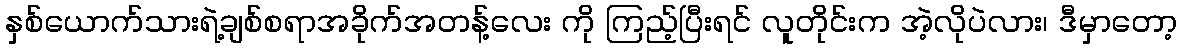
နှစ်ယောက်သားရဲ့ချစ်စရာအခိုက်အတန့်လေး ကို ကြည့်ပြီးရင် လူတိုင်းက အဲ့လိုပဲလား၊ ဒီမှာတော့